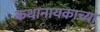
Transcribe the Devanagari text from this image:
कथानायकाच्या